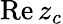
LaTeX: \operatorname{Re}z_{c}